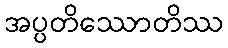
အပ္ပတိဿောတိဿ